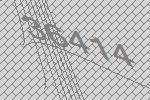
36414